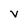
Character: V